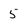
Character: 5